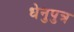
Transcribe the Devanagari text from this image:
धेनुपुत्र